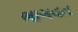
ભાગવત